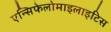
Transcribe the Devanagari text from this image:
एन्सिफेलोमाइलाइटिस